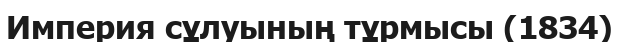
Империя сұлуының тұрмысы (1834)